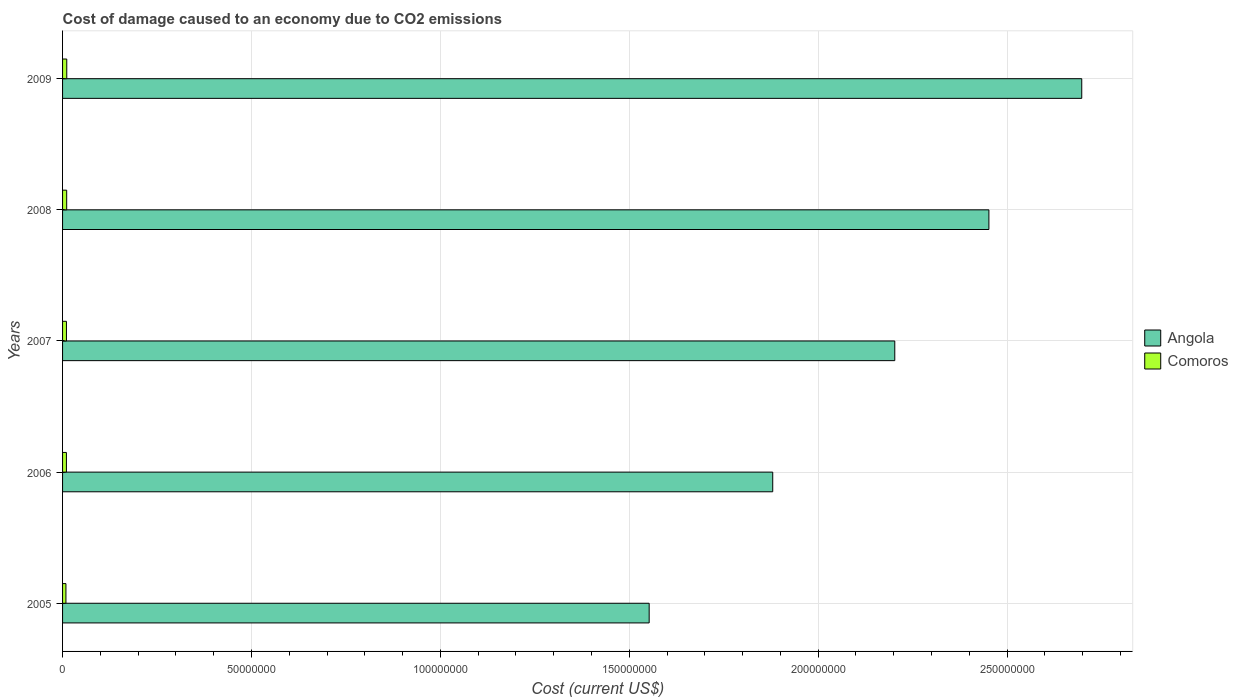
| Years | Angola | Comoros |
 | --- | --- | --- |
 | 2005 | 1.55e+08 | 8.92e+05 |
 | 2006 | 1.88e+08 | 1.02e+06 |
 | 2007 | 2.2e+08 | 1.03e+06 |
 | 2008 | 2.45e+08 | 1.09e+06 |
 | 2009 | 2.7e+08 | 1.11e+06 |